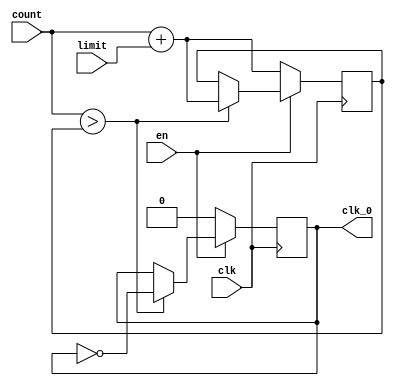
module clk_generator_3(
    input clk,
    input en,
    input [31:0] limit,
    input [31:0] count,
    output reg clk_0
    );
	 reg [31:0] ndCount;
	 initial clk_0 = 1'b0;
	 initial ndCount = 32'h00000000;
	 always@(negedge clk) begin
		if(en) begin
			if(count > ndCount) begin 
			ndCount <= count + limit; 
			clk_0 <= ~clk_0;          
			end
			else begin
				ndCount <= ndCount; 
				clk_0 <= clk_0;		
			end
		end
		else begin
			ndCount <= count+limit;
			clk_0 <= 1'b0;
		end
	 end
endmodule